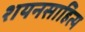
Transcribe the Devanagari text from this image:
शयनसाहित्य